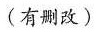
(有删改)